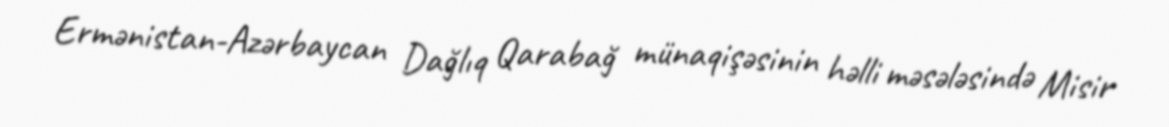
Ermənistan-Azərbaycan Dağlıq Qarabağ münaqişəsinin həlli məsələsində Misir